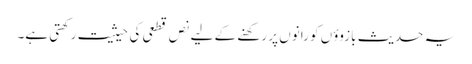
یہ حدیث بازوؤں کو رانوں پر رکھنے کے لیے نص قطعی کی حیثیت رکھتی ہے۔